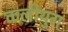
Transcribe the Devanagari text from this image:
कलीयुग